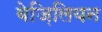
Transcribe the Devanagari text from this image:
बेज़िलियन